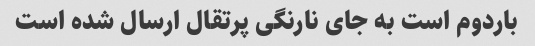
باردوم است به جای نارنگی پرتقال ارسال شده است